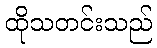
ထိုသတင်းသည်